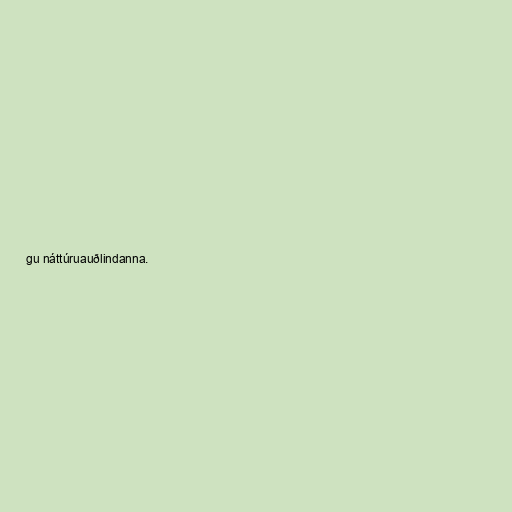
gu náttúruauðlindanna.